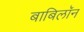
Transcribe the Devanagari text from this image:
बाबिलॉन